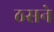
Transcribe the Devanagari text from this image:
ठसने